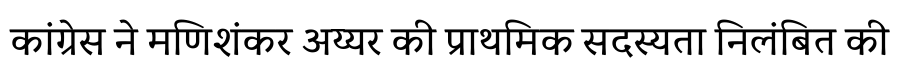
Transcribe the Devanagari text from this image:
कांग्रेस ने मणिशंकर अय्यर की प्राथमिक सदस्यता निलंबित की